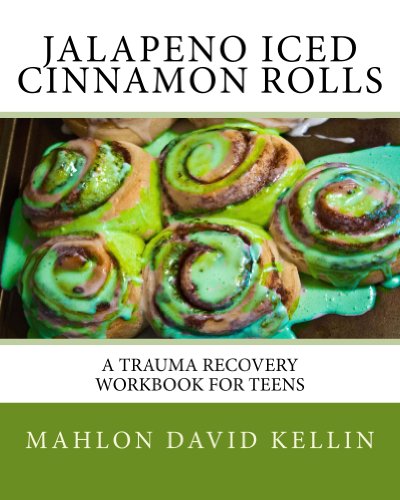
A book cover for Jalapeno Iced Cinnamon Rolls; Mahlon David Kellin; Teen & Young Adult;